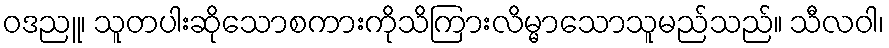
ဝဒညူ၊ သူတပါးဆိုသောစကားကိုသိကြားလိမ္မာသောသူမည်သည်။ သီလဝါ၊